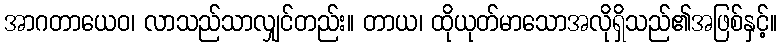
အာဂတာယေဝ၊ လာသည်သာလျှင်တည်း။ တာယ၊ ထိုယုတ်မာသောအလိုရှိသည်၏အဖြစ်နှင့်။